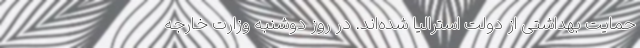
حمایت بهداشتی از دولت استرالیا شده‌اند. در روز دوشنبه وزارت خارجه